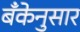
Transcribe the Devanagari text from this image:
बँकेनुसार